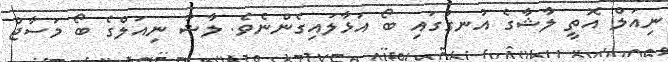
ނިއަލް އޮތީ ލާޝާގެ އުނގުގައި ބޯ އަޅާލައިގެންނެވެ. ލާޝާ ނިއަލްގެ ބޯ މަސާޖް